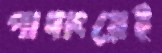
পাদাংয়েই